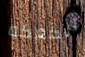
الكعكه